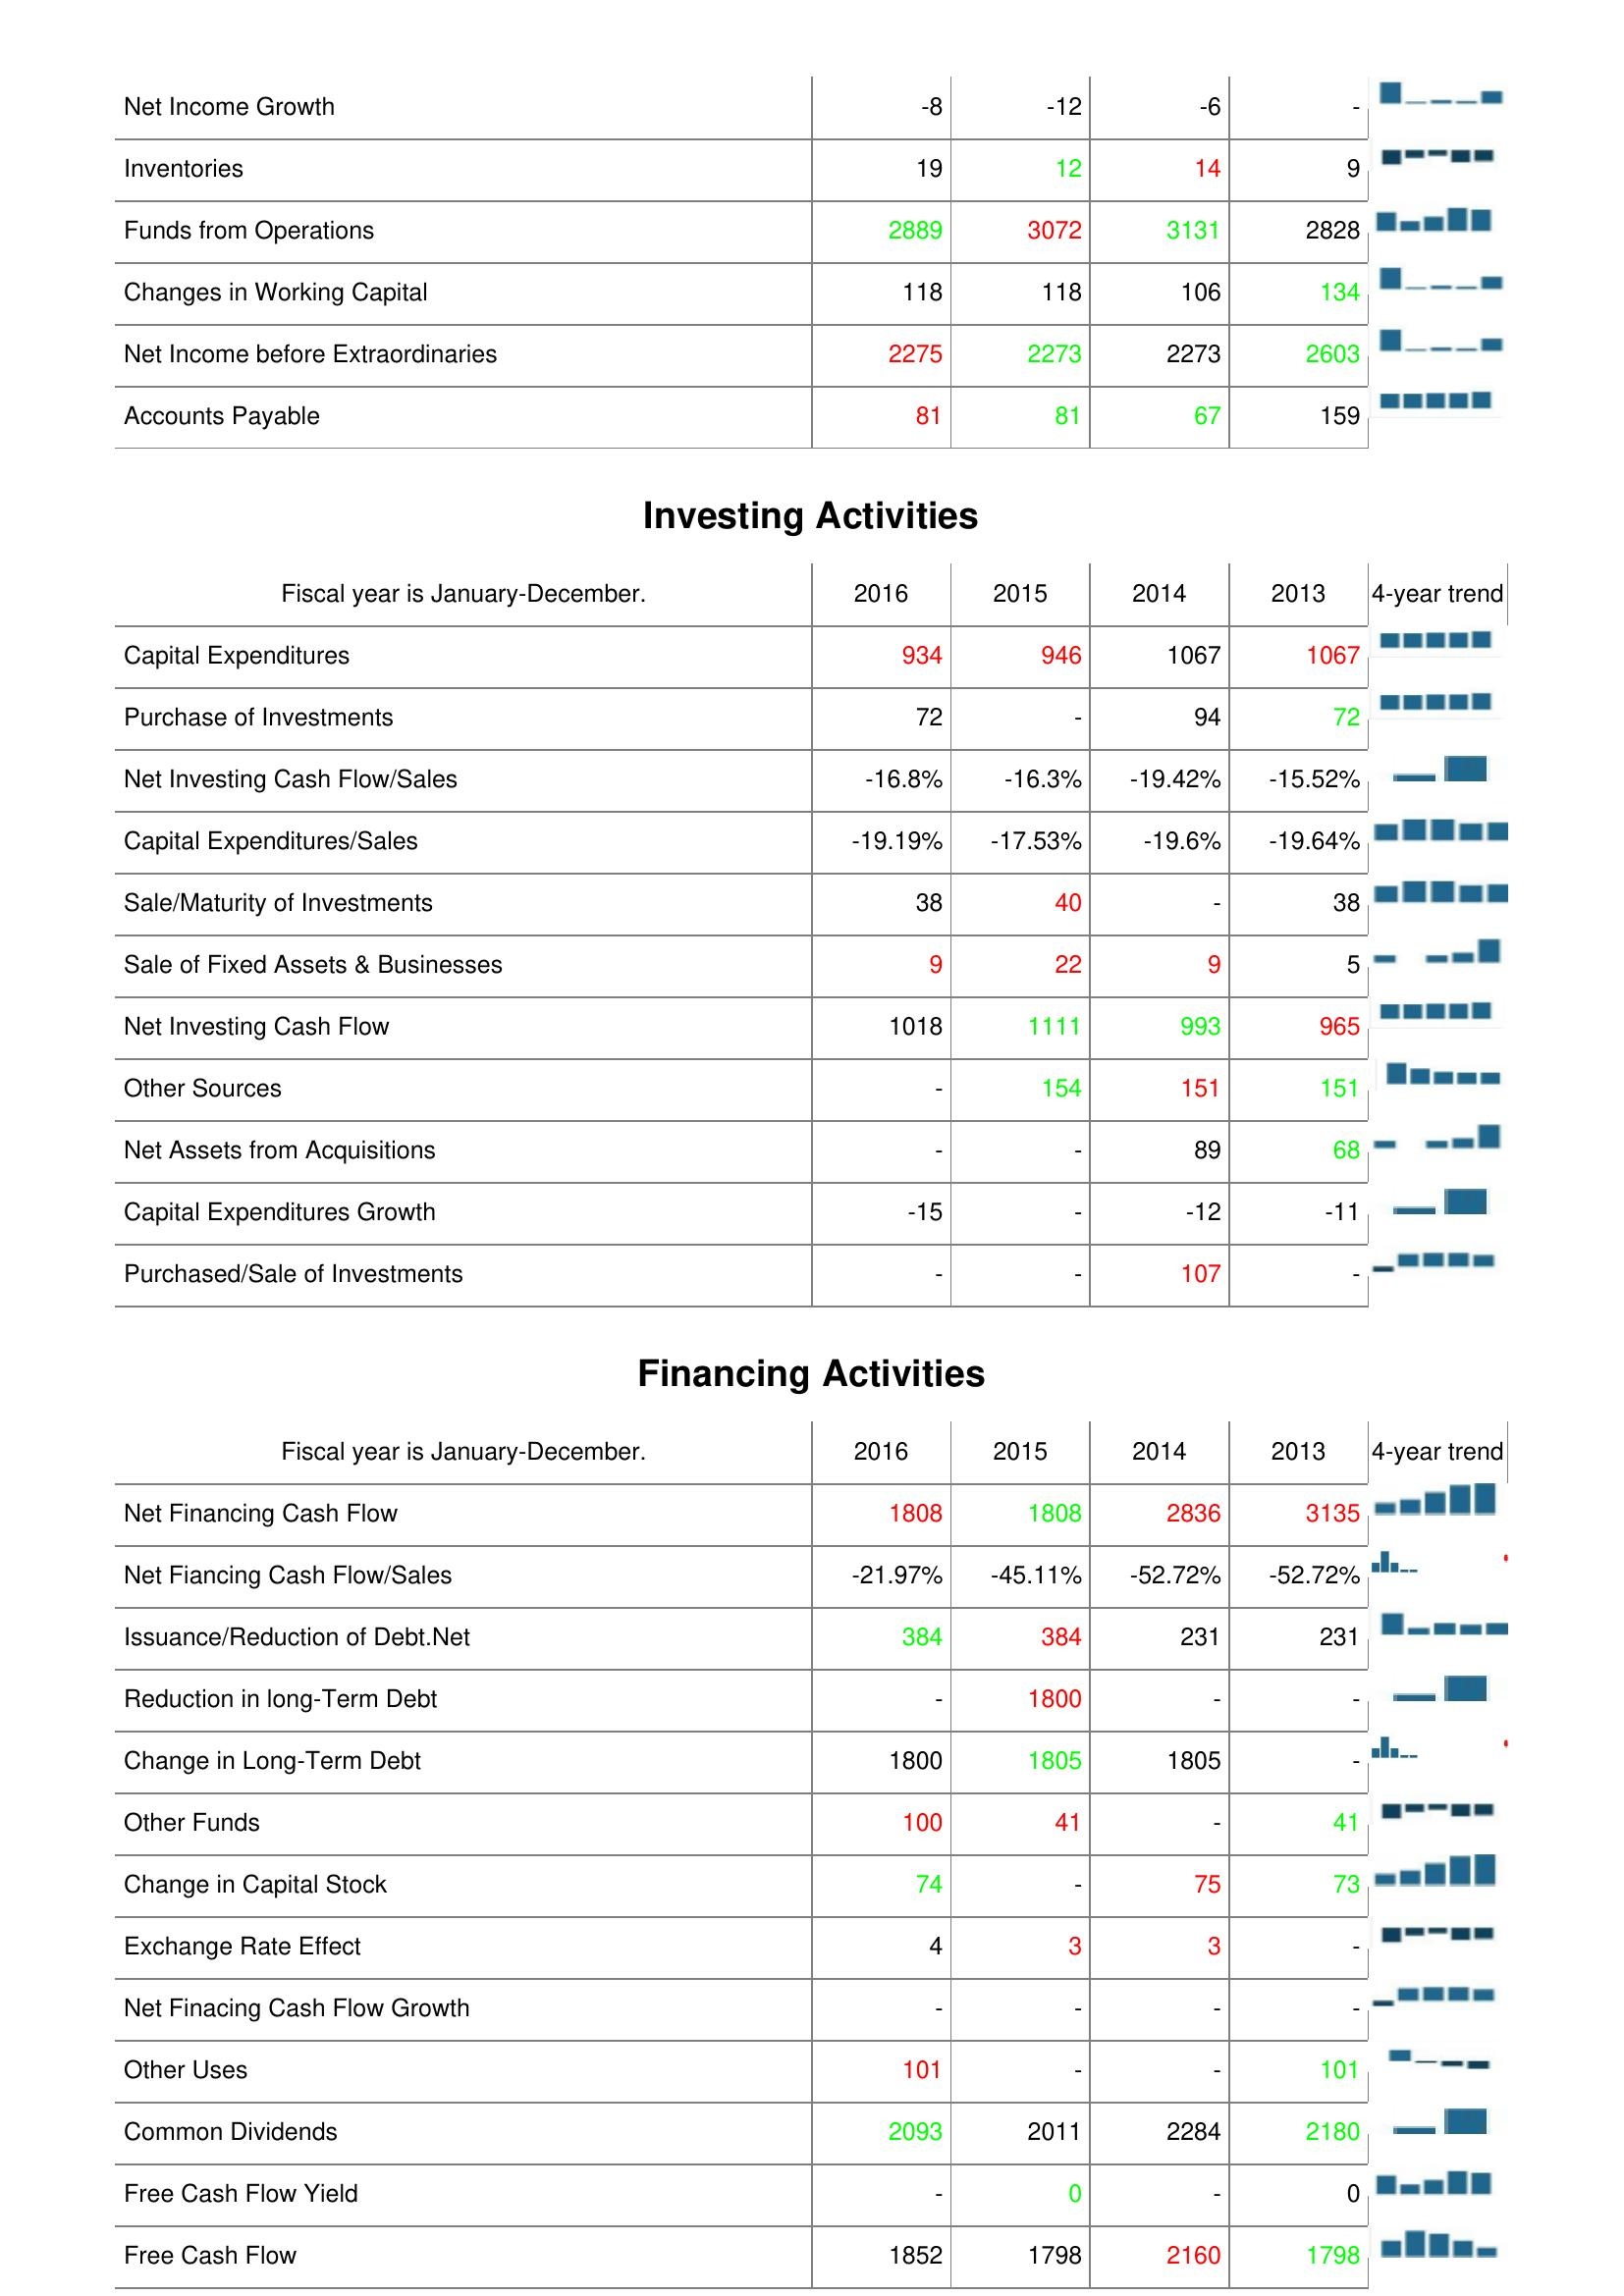
2016: Operating Activities: Net Income Growth: -8
Inventories: 19
Funds from Operations: 2889
Changes in Working Capital: 118
Net Income before Extraordinaries: 2275
Accounts Payable: 81
Investing Activities: Capital Expenditures: 934
Purchase of Investments: 72
Net Investing Cash Flow/Sales: -16.8%
Capital Expenditures/Sales: -19.19%
Sale/Maturity of Investments: 38
Sale of Fixed Assets & Businesses: 9
Net Investing Cash Flow: 1018
Other Sources: -
Net Assets from Acquisitions: -
Capital Expenditures Growth: -15
Purchased/Sale of Investments: -
Financing Activities: Net Financing Cash Flow: 1808
Net Fiancing Cash Flow/Sales: -21.97%
Issuance/Reduction of Debt.Net: 384
Reduction in long-Term Debt: -
Change in Long-Term Debt: 1800
Other Funds: 100
Change in Capital Stock: 74
Exchange Rate Effect: 4
Net Finacing Cash Flow Growth: -
Other Uses: 101
Common Dividends: 2093
Free Cash Flow Yield: -
Free Cash Flow: 1852
2015: Operating Activities: Net Income Growth: -12
Inventories: 12
Funds from Operations: 3072
Changes in Working Capital: 118
Net Income before Extraordinaries: 2273
Accounts Payable: 81
Investing Activities: Capital Expenditures: 946
Purchase of Investments: -
Net Investing Cash Flow/Sales: -16.3%
Capital Expenditures/Sales: -17.53%
Sale/Maturity of Investments: 40
Sale of Fixed Assets & Businesses: 22
Net Investing Cash Flow: 1111
Other Sources: 154
Net Assets from Acquisitions: -
Capital Expenditures Growth: -
Purchased/Sale of Investments: -
Financing Activities: Net Financing Cash Flow: 1808
Net Fiancing Cash Flow/Sales: -45.11%
Issuance/Reduction of Debt.Net: 384
Reduction in long-Term Debt: 1800
Change in Long-Term Debt: 1805
Other Funds: 41
Change in Capital Stock: -
Exchange Rate Effect: 3
Net Finacing Cash Flow Growth: -
Other Uses: -
Common Dividends: 2011
Free Cash Flow Yield: 0
Free Cash Flow: 1798
2014: Operating Activities: Net Income Growth: -6
Inventories: 14
Funds from Operations: 3131
Changes in Working Capital: 106
Net Income before Extraordinaries: 2273
Accounts Payable: 67
Investing Activities: Capital Expenditures: 1067
Purchase of Investments: 94
Net Investing Cash Flow/Sales: -19.42%
Capital Expenditures/Sales: -19.6%
Sale/Maturity of Investments: -
Sale of Fixed Assets & Businesses: 9
Net Investing Cash Flow: 993
Other Sources: 151
Net Assets from Acquisitions: 89
Capital Expenditures Growth: -12
Purchased/Sale of Investments: 107
Financing Activities: Net Financing Cash Flow: 2836
Net Fiancing Cash Flow/Sales: -52.72%
Issuance/Reduction of Debt.Net: 231
Reduction in long-Term Debt: -
Change in Long-Term Debt: 1805
Other Funds: -
Change in Capital Stock: 75
Exchange Rate Effect: 3
Net Finacing Cash Flow Growth: -
Other Uses: -
Common Dividends: 2284
Free Cash Flow Yield: -
Free Cash Flow: 2160
2013: Operating Activities: Net Income Growth: -
Inventories: 9
Funds from Operations: 2828
Changes in Working Capital: 134
Net Income before Extraordinaries: 2603
Accounts Payable: 159
Investing Activities: Capital Expenditures: 1067
Purchase of Investments: 72
Net Investing Cash Flow/Sales: -15.52%
Capital Expenditures/Sales: -19.64%
Sale/Maturity of Investments: 38
Sale of Fixed Assets & Businesses: 5
Net Investing Cash Flow: 965
Other Sources: 151
Net Assets from Acquisitions: 68
Capital Expenditures Growth: -11
Purchased/Sale of Investments: -
Financing Activities: Net Financing Cash Flow: 3135
Net Fiancing Cash Flow/Sales: -52.72%
Issuance/Reduction of Debt.Net: 231
Reduction in long-Term Debt: -
Change in Long-Term Debt: -
Other Funds: 41
Change in Capital Stock: 73
Exchange Rate Effect: -
Net Finacing Cash Flow Growth: -
Other Uses: 101
Common Dividends: 2180
Free Cash Flow Yield: 0
Free Cash Flow: 1798